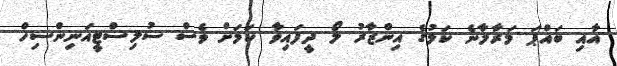
އާއި ބައްޕަ މަރާލާނެ ކަމުގެ އިންޒާރު ލޯ ދީފައިވާ ކަމަށް ވެސް ސުލިސްޓީއަނިންސިހް